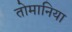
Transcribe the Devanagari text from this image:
तोमानिया